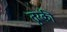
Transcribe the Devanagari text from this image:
तुरकी